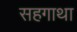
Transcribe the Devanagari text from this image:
सहगाथा